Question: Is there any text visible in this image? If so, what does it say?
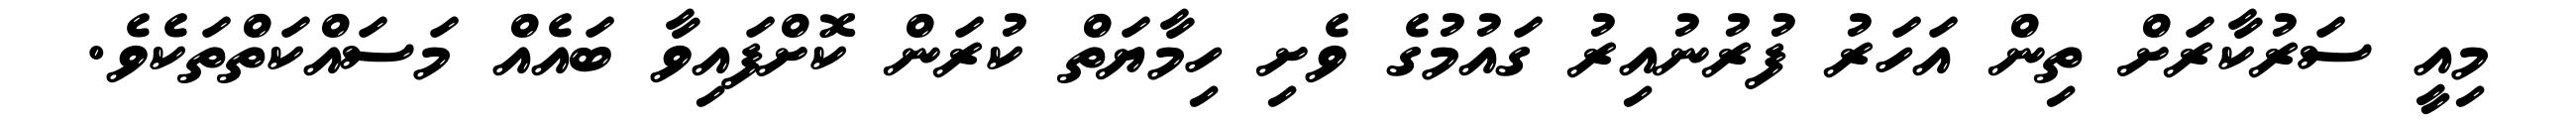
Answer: މިއީ ސަރުކާރަށް ތިން އަހަރު ފުރުނުއިރު ގައުމުގެ ވެށި ހިމާޔަތް ކުރަން ކޮށްފައިވާ ބައެއް މަސައްކަތްތަކެވެ.